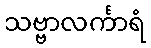
သဗ္ဗာလင်္ကာရံ